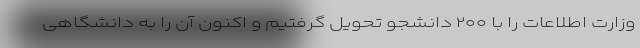
وزارت اطلاعات را با ۲۰۰ دانشجو تحویل گرفتیم و اکنون آن را به دانشگاهی